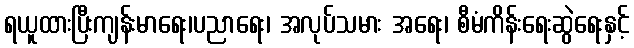
ရယူထားပြီးကျန်းမာရေး၊ပညာရေး၊ အလုပ်သမား အရေး၊ စီမံကိန်းရေးဆွဲရေးနှင့်